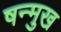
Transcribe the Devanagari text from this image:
षन्मुख